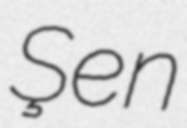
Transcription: Şen